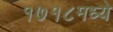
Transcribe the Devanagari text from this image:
१७१८मध्ये